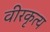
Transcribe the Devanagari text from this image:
वीरकृत्य